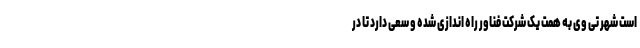
است شهر تی وی به همت یک شرکت فناور راه اندازی شده و سعی دارد تا در